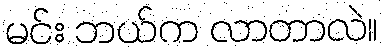
မင်း ဘယ်က လာတာလဲ။